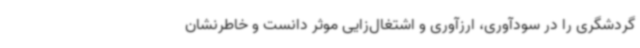
گردشگری را در سودآوری، ارزآوری و اشتغال‌زایی موثر دانست و خاطرنشان